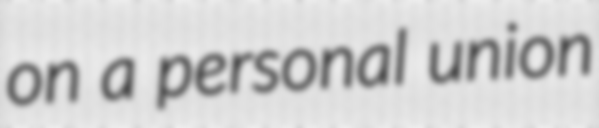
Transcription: on a personal union